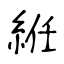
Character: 絍